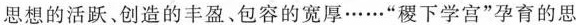
思想的活跃。创造的丰盈、包容的宽厚……”稷下学宫”孕育的思